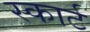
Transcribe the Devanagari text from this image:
स्कार्ट